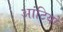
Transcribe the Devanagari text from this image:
आंटियों